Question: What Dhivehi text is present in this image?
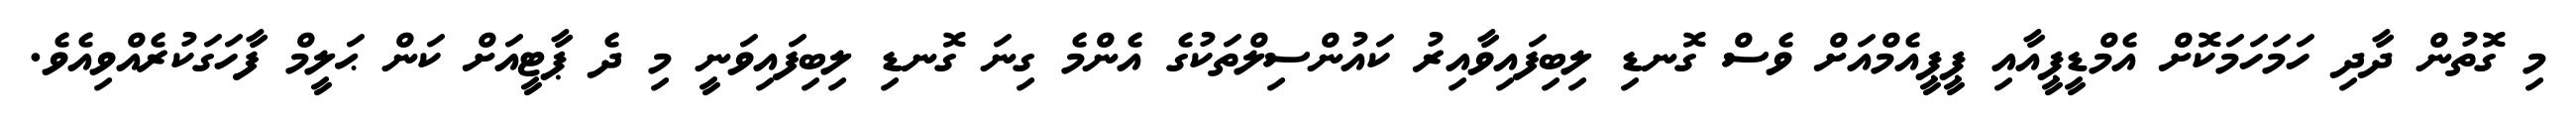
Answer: މި ގޮތުން ދާދި ހަމަހަމަކޮށް އެމްޑީޕީއާއި ޕީޕީއެމްއަށް ވެސް ގޮނޑި ލިބިފައިވާއިރު ކައުންސިލްތަކުގެ އެންމެ ގިނަ ގޮނޑި ލިބިފައިވަނީ މި ދެ ޕާޓީއަށް ކަން ޙަލީމް ފާހަގަކުރެއްވިއެވެ.